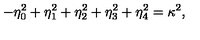
- \eta _ { 0 } ^ { 2 } + \eta _ { 1 } ^ { 2 } + \eta _ { 2 } ^ { 2 } + \eta _ { 3 } ^ { 2 } + \eta _ { 4 } ^ { 2 } = \kappa ^ { 2 } ,